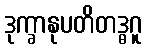
ဒုက္ခာနုပတိတဒ္ဓဂူ